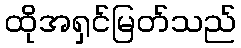
ထိုအရှင်မြတ်သည်